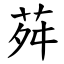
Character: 荈